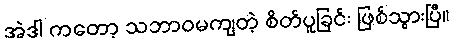
အဲဒါ ကတော့ သဘာဝမကျတဲ့ စိတ်ပူခြင်း ဖြစ်သွားပြီ။